Insane asylums in Bengal annual reports 1876-1887 - 1876-1887
Year: 1876
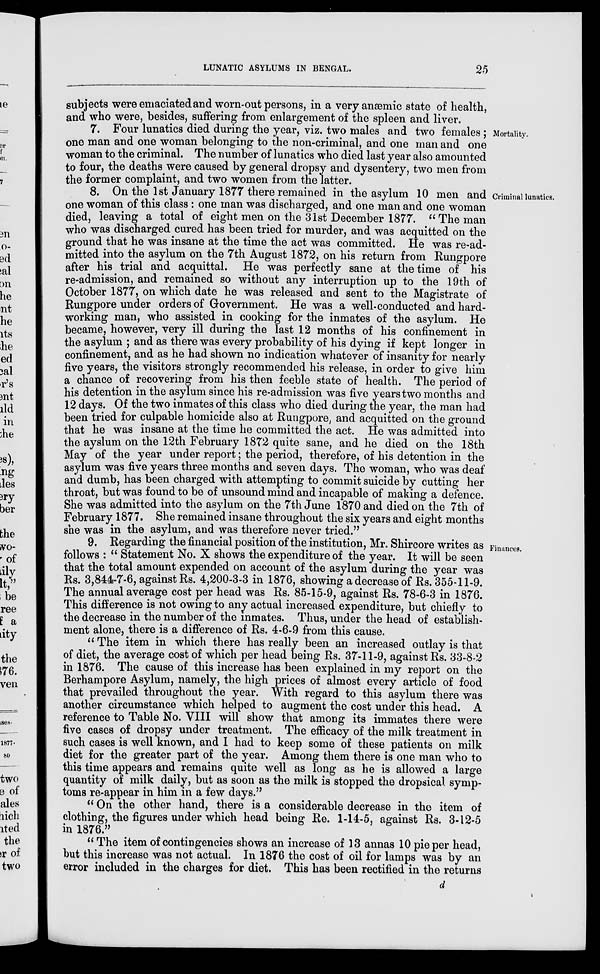
LUNATIC ASYLUMS IN BENGAL.
25
subjects were emaciated and worn-out persons, in a very anæmic state of health,
and who were, besides, suffering from enlargement of the spleen and liver.
Mortality.
7. Four lunatics died during the year, viz. two males and two females ;
one man and one woman belonging to the non-criminal, and one man and one
woman to the criminal. The number of lunatics who died last year also amounted
to four, the deaths were caused by general dropsy and dysentery, two men from
t he former complaint, and two women from the latter.
Criminal lunatics.
8. On the 1st January 1877 there remained in the asylum 10 men and
one woman of this class : one man was discharged, and one man and one woman
died, leaving a total of eight men on the 31st December 1877. "The man
who was discharged cured has been tried for murder, and was acquitted on the
ground that he was insane at the time the act was committed. He was re-ad-
mitted into the asylum on the 7th August 1872, on his return from Rungpore
after his trial and acquittal. He was perfectly sane at the time of his
re-admission, and remained so without any interruption up to the 19th of
October 1877, on which date he was released and sent to the Magistrate of
Rungpore under orders of Government. He was a well-conducted and hard-
working man, who assisted in cooking for the inmates of the asylum. He
became, however, very ill during the last 12 months of his confinement in
the asylum ; and as there was every probability of his dying if kept longer in
confinement, and as he had shown no indication whatever of insanity for nearly
five years, the visitors strongly recommended his release, in order to give him
a chance of recovering from his then feeble state of health. The period of
his detention in the asylum since his re-admission was five years two months and
12 days. Of the two inmates of this class who died during the year, the man had
been tried for culpable homicide also at Rungpore, and acquitted on the ground
that he was insane at the time he committed the act. He was admitted into
the ayslum on the 12th February 1872 quite sane, and he died on the 18th
May of the year under report; the period, therefore, of his detention in the
asylum was five years three months and seven days. The woman, who was deaf
and dumb, has been charged with attempting to commit suicide by cutting her
throat, but was found to be of unsound mind and incapable of making a defence.
She was admitted into the asylum on the 7th June 1870 and died on the 7th of
February 1877. She remained insane throughout the six years and eight months
she was in the asylum, and was therefore never tried."
Finances.
9. Regarding the financial position of the institution, Mr. Shircore writes as
follows : " Statement No. X shows the expenditure of the year. It will be seen
that the total amount expended on account of the asylum during the year was
Rs. 3,844-7-6, against Rs. 4,200-3-3 in 1876, showing a decrease of Rs. 355-11-9.
The annual average cost per head was Rs. 85-15-9, against Rs. 78-6-3 in 1876.
This difference is not owing to any actual increased expenditure, but chiefly to
the decrease in the number of the inmates. Thus, under the head of establish-
ment alone, there is a difference of Rs. 4-6-9 from this cause.
" The item in which there has really been an increased outlay is that
of diet, the average cost of which per head being Rs. 37-11-9, against Rs. 33-8-2
in 1876. The cause of this increase has been explained in my report on the
Berhampore Asylum, namely, the high prices of almost every article of food
that prevailed throughout the year. With regard to this asylum there was
another circumstance which helped to augment the cost under this head. A
reference to Table No. VIII will show that among its immates there were
five cases of dropsy under treatment. The efficacy of the milk treatment in
such cases is well known, and I had to keep some of these patients on milk
diet for the greater part of the year. Among them there is one man who to
this time appears and remains quite well as long as he is allowed a large
quantity of milk daily, but as soon as the milk is stopped the dropsical symp-
toms re-appear in him in a few days."
" On the other hand, there is a considerable decrease in the item of
clothing, the figures under which head being Re. 1-14-5, against Rs. 3-12-5
in 1876."
" The item of contingencies shows an increase of 13 annas 10 pie per head,
but this increase was not actual. In 1876 the cost of oil for lamps was by an
error included in the charges for diet. This has been rectified in the returns
d